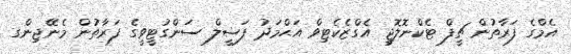
އެމްގެ ފަރާތުން ޗީފް ޓެކްނޮލޮޖީ އެގްޒެކެޓިވް އަޙްމަދު ފަޟީލް ސަންގުޓީވީގެ ފަރާތުން މެނޭޖިންގ